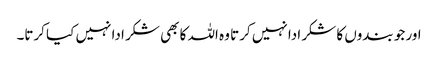
اور جو بندوں کا شکر ادا نہیں کرتا وہ اللہ کا بھی شکر ادا نہیں کیا کرتا۔